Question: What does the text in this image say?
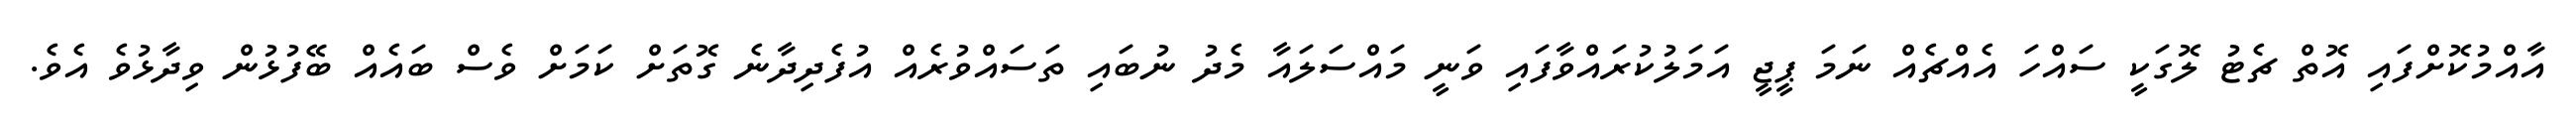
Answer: އާއްމުކޮށްފައި އޮތް ޗެޓު ލޮގަކީ ސައްހަ އެއްޗެއް ނަމަ ޕީޖީ އަމަލުކުރައްވާފައި ވަނީ މައްސަލައާ މެދު ނުބައި ތަސައްވުރެއް އުފެދިދާނެ ގޮތަށް ކަމަށް ވެސް ބައެއް ބޭފުޅުން ވިދާޅުވެ އެވެ.